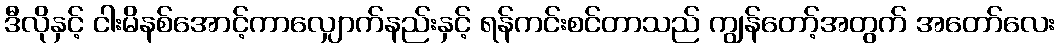
ဒီလိုနှင့် ငါးမိနစ်အောင့်ကာလျှောက်နည်းနှင့် ရန်ကင်းစင်တာသည် ကျွန်တော့်အတွက် အတော်လေး